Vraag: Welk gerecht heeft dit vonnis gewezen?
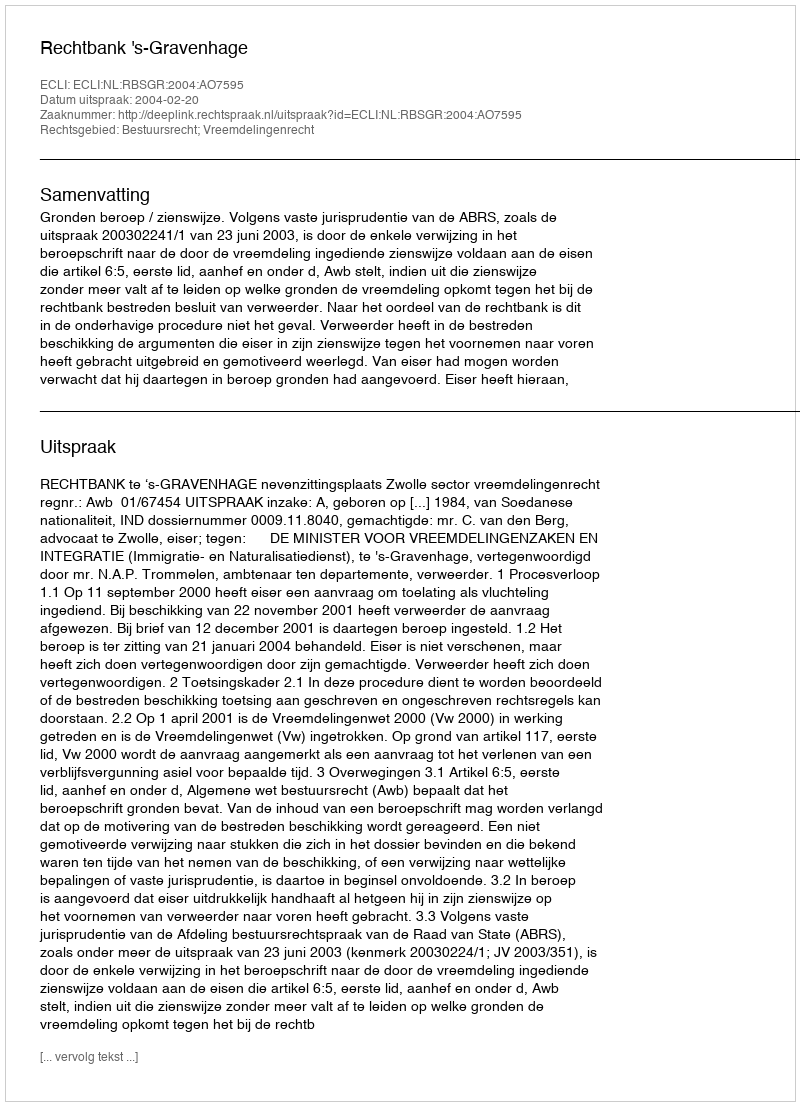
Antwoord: Rechtbank 's-Gravenhage